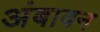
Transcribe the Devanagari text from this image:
अंबावन